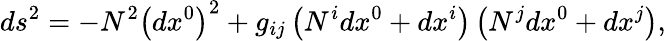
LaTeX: ds_{{}}^{2}=-N^{2}\left(dx^{0}\right)^{2}+g_{ij}\left(N^{i}dx^{0}+dx^{i}\right)\left(N^{j}dx^{0}+dx^{j}\right),